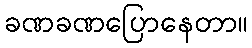
ခဏခဏပြောနေတာ။